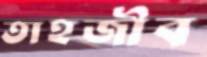
তাহজীব